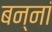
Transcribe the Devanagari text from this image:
बन्नां